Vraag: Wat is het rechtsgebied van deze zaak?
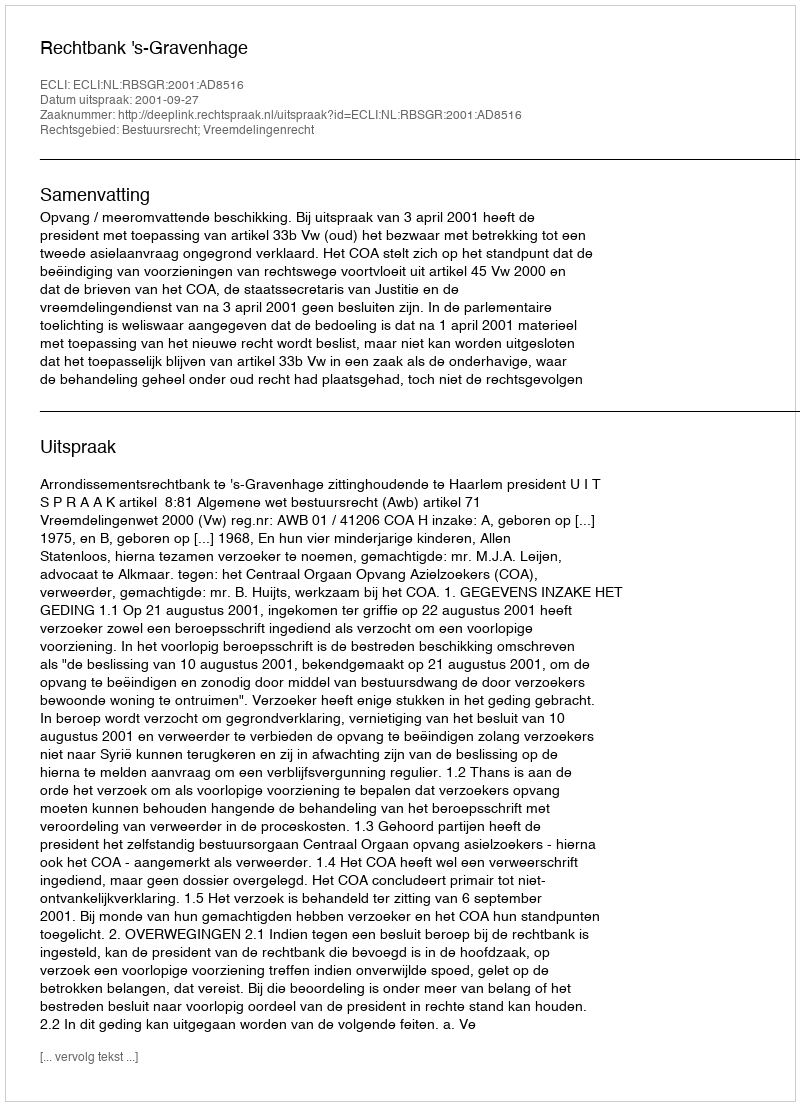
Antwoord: Bestuursrecht; Vreemdelingenrecht